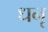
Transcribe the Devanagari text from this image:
धनृ